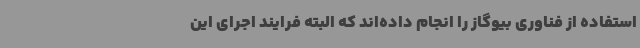
استفاده از فناوری بیوگاز را انجام داده‌اند که البته فرایند اجرای این